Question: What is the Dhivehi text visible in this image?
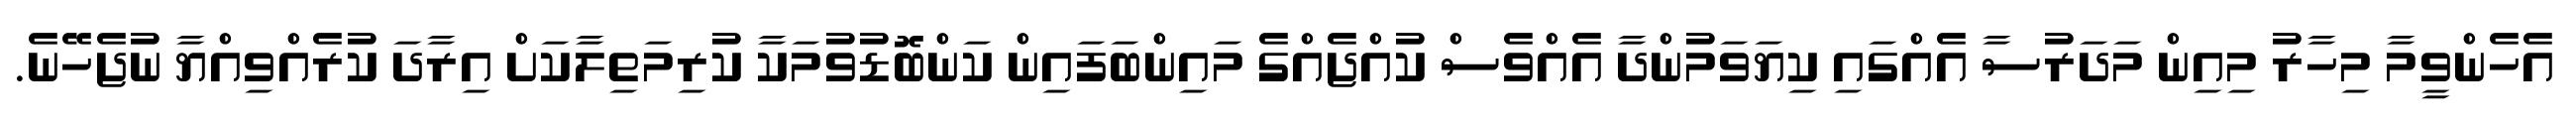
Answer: އެހެންވީމާ މިހާރު މިއިން މަދަރުސާ އެއްގައި ކިޔަވަމުންދާ އެއްވެސް ކުއްޖެއްގެ މައިންބަފައިން ކަންބޮޑުވުމަކާ ކުރިމަތިލާކަށް އިރާދަ ކުރެއްވިއްޔާ ނުޖެހޭނެ.